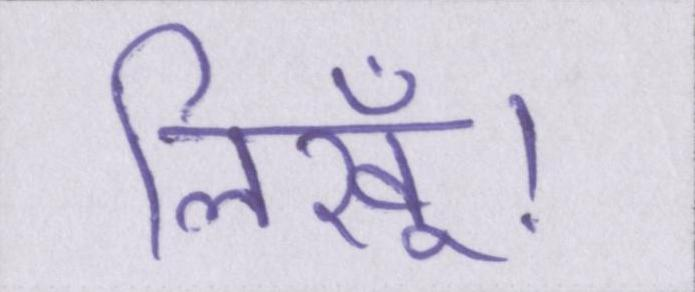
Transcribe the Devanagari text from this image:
लिखूँ।